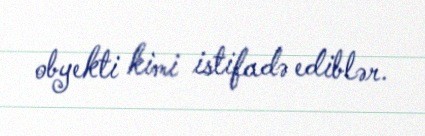
obyekti kimi istifadə ediblər.